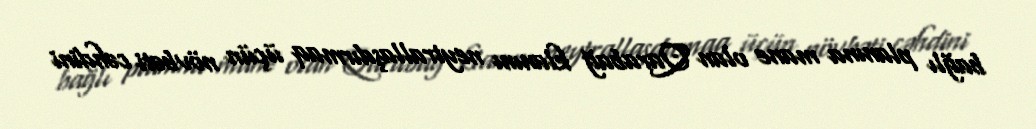
bağlı planına mane olan Qarabağ klanını neytrallaşdırmaq üçün növbəti cəhdini